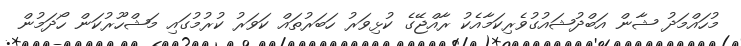
މުހައްމަދު ޝާން އަބްދުޝައުގުވެރިކަމާއެކު ރާއްޖޭގެ ކުޅިވަރު ހަބަރުތައް ކަވަރު ކުރުމުގައި މަޝްހޫރުކަން ހޯދަމުން